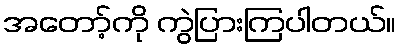
အတော့်ကို ကွဲပြားကြပါတယ်။